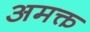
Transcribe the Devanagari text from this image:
अमक्त